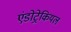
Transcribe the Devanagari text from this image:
एंडोट्रेकियल